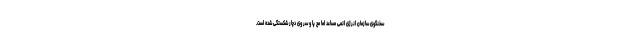
سخنگوی سازمان انرژی اتمی مساعد اما مچ پا و سر وی دچار شکستگی شده است.